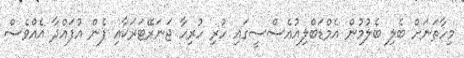
މިހާތަނަށް ބެލި ބެލުމުން އެމްޑަބްލިއުއެސްސީގައި ހުރި ހުރިހާ ޖަނަރޭޓަރަކާއި ފެން އުފައްދާ އެއްވެސް